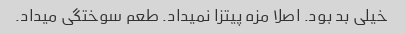
خیلی بد بود. اصلا مزه پیتزا نمیداد. طعم سوختگی میداد.